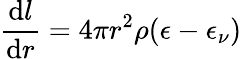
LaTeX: {\frac{{\mathrm{d}}l}{{\mathrm{d}}r}}=4\pi r^{2}\rho(\epsilon-\epsilon_{\nu})